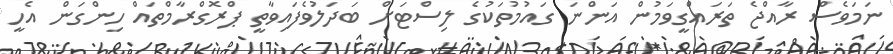
ނަމަވެސް ރާއްޖެ ތަރައްގީވަމުން އަންނަ ގައުމުތަކުގެ ލިސްޓަށް ބަދަލުވެފައިވާތީ ޕްރޮގްރާމްތައް ހިންގަން އެހީ